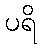
ပရိ